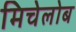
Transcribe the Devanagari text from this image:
मिचेलोब